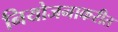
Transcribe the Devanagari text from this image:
नियोजनाकरीत